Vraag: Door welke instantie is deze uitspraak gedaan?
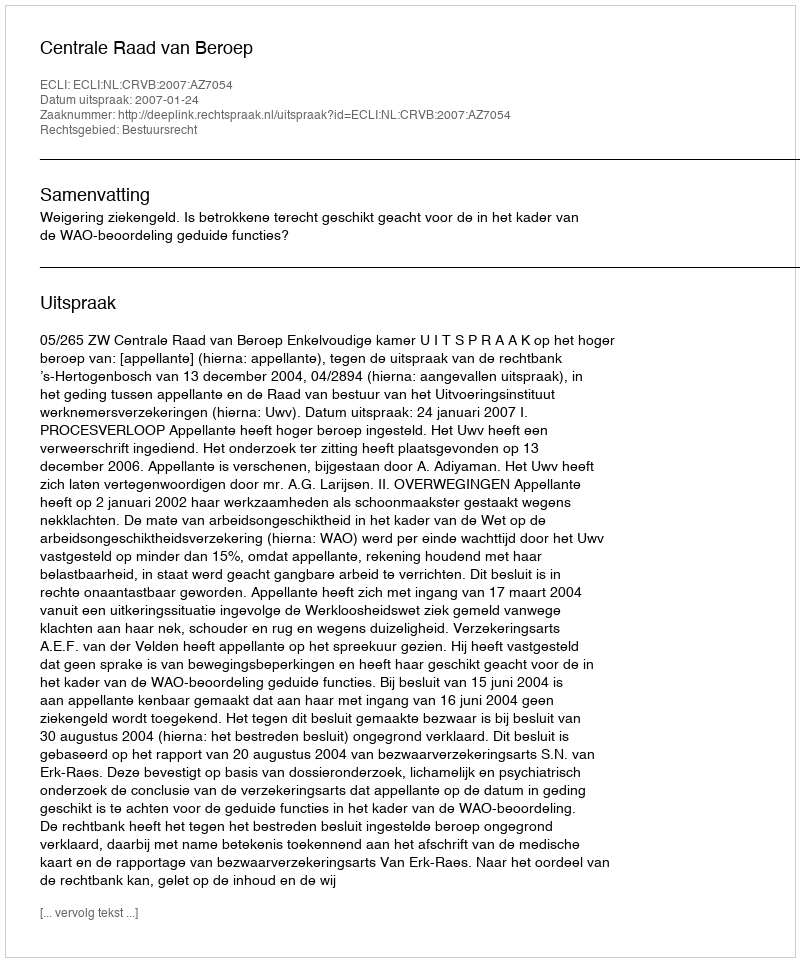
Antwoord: Centrale Raad van Beroep